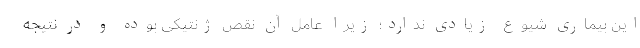
این بیماری شیوع زیادی ندارد؛ زیرا عامل آن نقص ژنتیکی بوده و در نتیجه